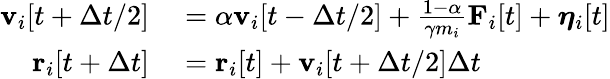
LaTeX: \begin{array}{rl}{\mathbf{v}_{i}[t+\Delta t/2]}&{{}=\alpha\mathbf{v}_{i}[t-\Delta t/2]+\frac{1-\alpha}{\gamma m_{i}}\mathbf{F}_{i}[t]+\boldsymbol{\eta}_{i}[t]}\\ {\mathbf{r}_{i}[t+\Delta t]}&{{}=\mathbf{r}_{i}[t]+\mathbf{v}_{i}[t+\Delta t/2]\Delta t}\end{array}